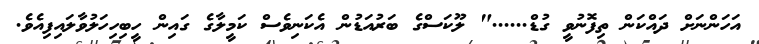
އަހަންނަށް ދައްކަން ތިފޮނުވީ ގުޑް......" ލޫކަސްގެ ބަރުއަޑުން އެކަނިވެސް ކަމީލާގެ ގައިން ހީބިހިހަލުވާލައިފިއެވެ.